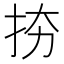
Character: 𢫉